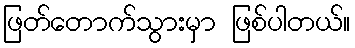
ဖြတ်တောက်သွားမှာ ဖြစ်ပါတယ်။